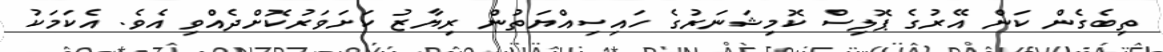
ތިބެގެން ކަން އޭރުގެ ޕޮލިސް ކޮމިޝަނަރުގެ ހައިސިއްޔަތުން ރިޔާޒު ކަށަވަރުކޮށްދެއްވި އެވެ. އެކަމަކު